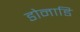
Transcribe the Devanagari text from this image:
डोनाडि